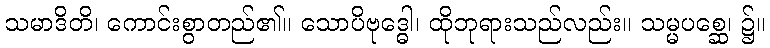
သမာဒိတိ၊ ကောင်းစွာတည်၏။ သောပိဗုဒ္ဓေါ၊ ထိုဘုရားသည်လည်း။ သမ္မပစ္ဆေ၊ ၌။